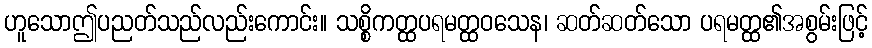
ဟူသောဤပညတ်သည်လည်းကောင်း။ သစ္စိကတ္ထပရမတ္ထဝသေန၊ ဆတ်ဆတ်သော ပရမတ္ထ၏အစွမ်းဖြင့်